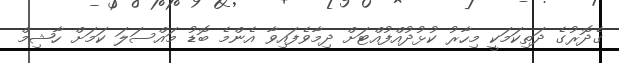
ގެދޮރުގެ ދަތިކަމަކީ މިހާރު ކުޅުދުއްފުއްޓަށް ދިމާވެފައިވާ އެންމެ ބޮޑު މައްސަލަ ކަމަށް ހާޝިމް